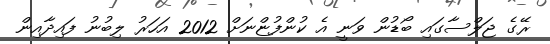
ރޭގެ ޖަލްސާގައި ބޯޑުން ވަނީ އެ ކުންފުޏްނަށް 2012 އަހަރު ލިބުނު ފައިދާއިން